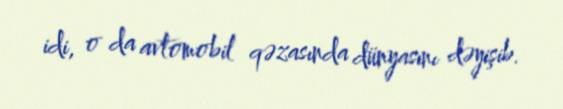
idi, o da avtomobil qəzasında dünyasını dəyişib.